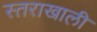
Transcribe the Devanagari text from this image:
स्तराखाली